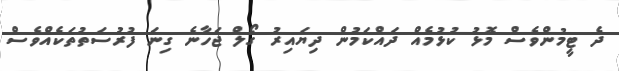
ދެ ޓީމުންވެސް މޮޅު ކުޅުމެއް ދައްކަމުން ދިޔައިރު ގޯލް ޖަހާނެ ގިނަ ފުރުސަތުތަކެއްވެސް